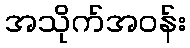
အသိုက်အဝန်း